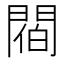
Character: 𨵁